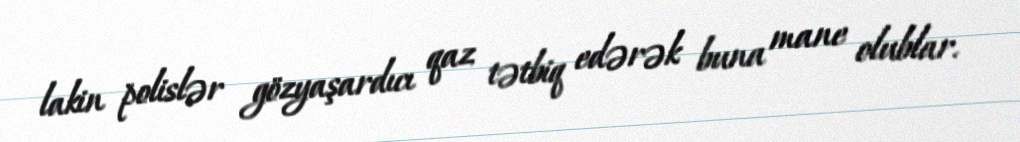
lakin polislər gözyaşardıcı qaz tətbiq edərək buna mane olublar.